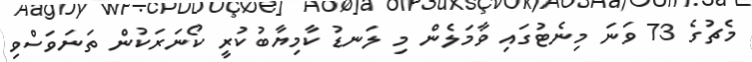
މެޗުގެ 73 ވަނަ މިނެޓުގައި ވާމަލެން މި ލަނޑު ކާމިޔާބުކުރީ ކޯނަރަކުން ތަނަވަސްވި